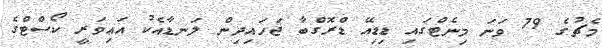
މެޗުގެ 79 ވަނަ މިނެޓްގައި ޑިޑިއޭ ޑްރޮގްބާ ޖަހައިދިން ލަނޑާއެކު އައިވަރީ ކޯސްޓްގެ